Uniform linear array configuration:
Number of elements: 48
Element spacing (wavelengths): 0.75
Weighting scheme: binomial
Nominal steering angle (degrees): -30
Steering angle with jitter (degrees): -29.512
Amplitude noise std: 0.05
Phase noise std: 0.05

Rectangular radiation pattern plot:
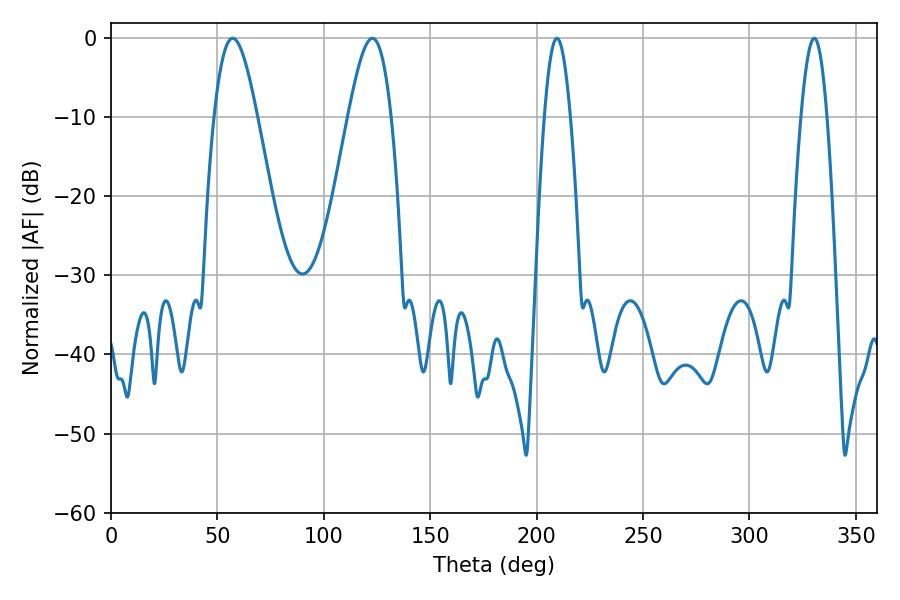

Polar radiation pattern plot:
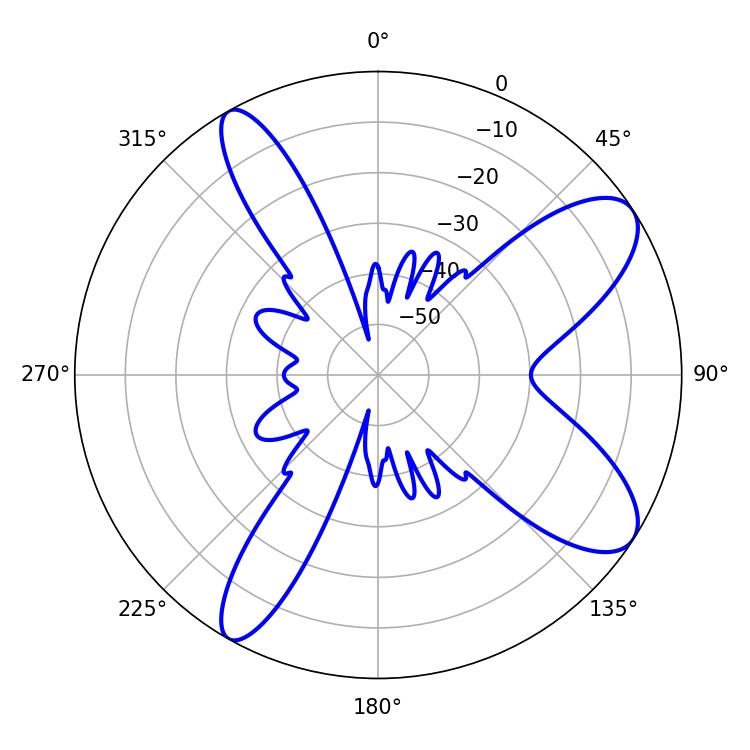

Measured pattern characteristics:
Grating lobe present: TRUE
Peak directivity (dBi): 9.44
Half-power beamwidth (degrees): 6.66
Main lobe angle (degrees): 209.52